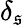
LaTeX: \delta_{\mathfrak{s}}